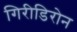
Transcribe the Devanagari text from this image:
गिरीडिरोन